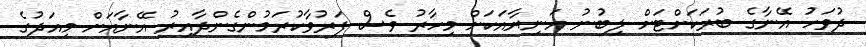
ދުވަހު އޭނާގެ ބުރަކަށްޓަށް ލިބުނު އަނިޔާއަކަށް މިހާރު ވެސް ފަރުވާކުރަމުންގެންދާއިރު އޭނާއަށް މިއަދުގެ